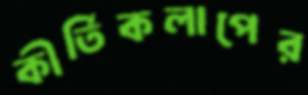
কীর্তিকলাপের